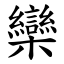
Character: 欒